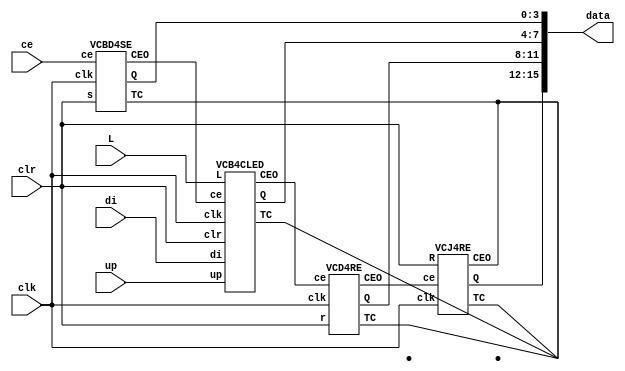
module counter(
	input clk,
    input ce,
    input clr,
    input up,
    input L,
    input [3:0]di,

	output [15:0]data
);

wire ce1;
VCBD4SE VCBD4SE(.clk(clk), .ce(ce), .s(clr),
    .Q(data[3:0]), .TC(), .CEO(ce1));

wire ce2;
VCB4CLED VCB4CLED(.clk(clk), .ce(ce1), .clr(clr), .up(up), .L(L), .di(di),
    .Q(data[7:4]), .TC(), .CEO(ce2));

wire ce3;
VCD4RE VCD4RE(.clk(clk), .ce(ce2), .r(clr),
    .Q(data[11:8]), .TC(), .CEO(ce3));

VCJ4RE VCJ4RE(.clk(clk), .ce(ce3), .R(clr),
    .Q(data[15:12]), .TC(), .CEO());

endmodule

module VCJ4RE(
    input clk,
    input ce,
    input R,

    output reg[3:0] Q = 0,
    output wire TC,
    output wire CEO);

assign TC = (Q==4'hF) ;
assign CEO = ce & TC ;

always @ (posedge clk) begin
    Q <= R? 0 : ce? Q<<1 | !Q[3] : Q ;
end

endmodule

module VCD4RE(
    input clk,
    input ce,
    input r,
    
    output reg [3:0] Q=0,
    output wire TC,
    output wire CEO
);

assign TC = (Q==9) ;
assign CEO = ce & TC ;
always @ (posedge clk) begin
Q <= (r | CEO)? 0 : ce? Q+1 : Q ;
end
endmodule


module VCB4CLED(
    input clk,
    input ce,
    input clr,
    input up,
    input L,
    input [3:0] di,

    output reg [3:0] Q =0,
    output wire TC,
    output wire CEO
);

assign TC = up? (Q==4'hF) : (Q==0) ;
assign CEO = ce & TC ;

always @ (posedge clr or posedge clk) begin
    if (clr) Q <= 0;
    else Q <= L? di : (up & ce)? Q+1 : (!up & ce)? Q-1 : Q ;
end

endmodule

module VCBD4SE(
    input clk,
    input ce,
    input s,

    output reg [3:0] Q = 4'hF,
    output wire TC,
    output wire CEO
);

assign TC = (Q==0) ;
assign CEO = ce & TC ;

always @ (posedge clk) begin
Q <= s? 4'hF : ce? Q-1 : Q ;
end

endmodule